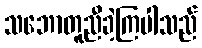
သဘောတူညီခဲ့ကြပါသည်